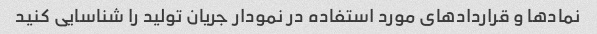
نمادها و قراردادهای مورد استفاده در نمودار جریان تولید را شناسایی کنید